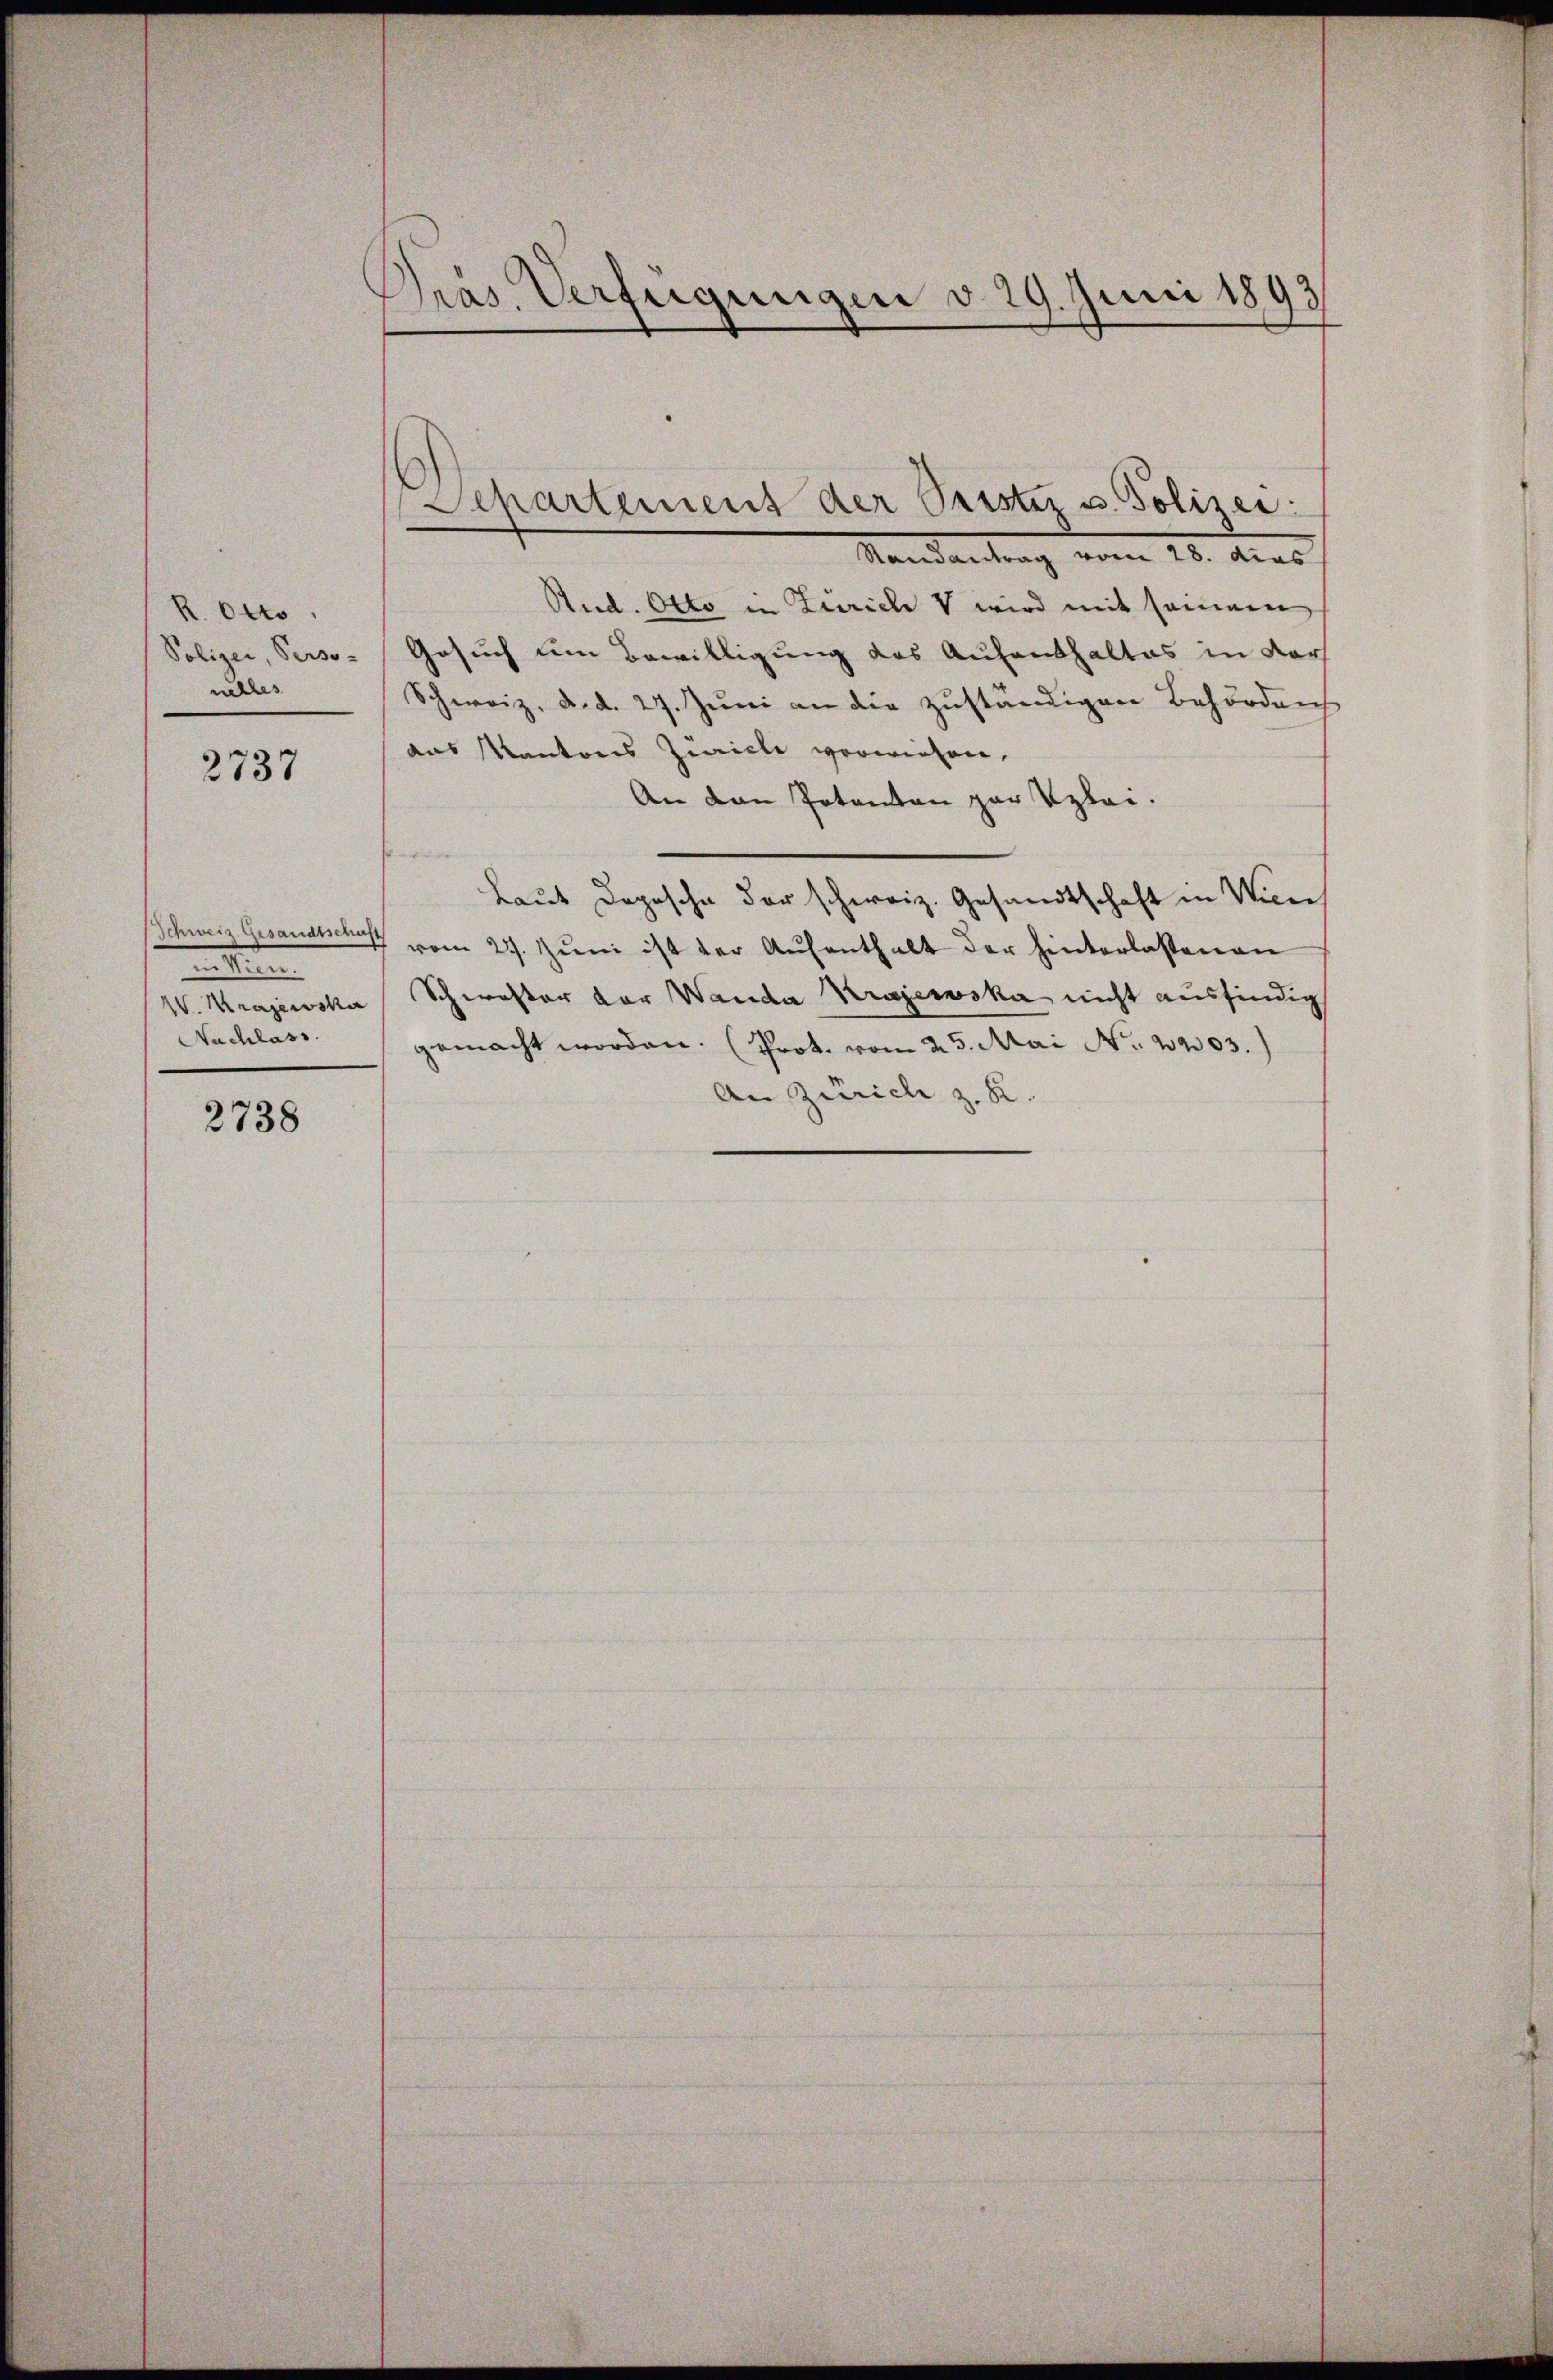
R. Otto.
Polizei, Perso-
nelles

2737

Nachlass.

2738

Pras Verfügungen v. 29. Juni 1893

Mandantrag vom 28. Aus
Rud. Otto in Zürich V wird mit seinem
Gesuch um Bewilligung das Aufenthaltes in dar
Schweiz, d. d. 27. Juni an die zuständigen Behördens
das Kantons Züricle verwiesen.
An den Potanton par Klei¬
Laut Depesche der schweiz. Gesandtschaft in Wir
Schweiz. Gesandten vom 27. Juni ist der Aufenthalt der hinterlassenen
W.Wrajewska Schwester der Wanda Krajewska nicht ausfindig
gemacht worden. (Prot. vom 25. Mai No 1903.)
An Zürich z. R.

Departement der Pristiz u. Polizei: